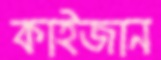
কাইজান